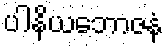
ပါနိယဘောဇနံ